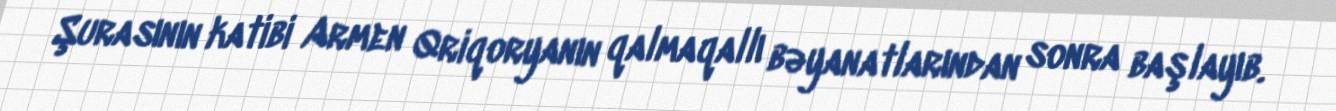
Şurasının katibi Armen Qriqoryanın qalmaqallı bəyanatlarından sonra başlayıb.